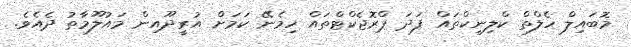
މޮބައިލް ހެލްތް ކްލިނިކްތައް ފަދަ ޕްރޮޖެކްޓްތައް ހިމެނޭ ކަމަށް އުރީދޫއިން މައުލޫމާތު ދެއެވެ.